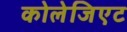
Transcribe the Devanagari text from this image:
कोलेजिएट